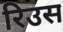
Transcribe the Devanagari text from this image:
रिउस